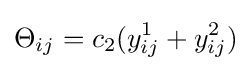
\Theta _{ij}=c_{2}(y_{ij}^{1}+y_{ij}^{2})